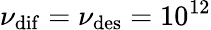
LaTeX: \nu_{\mathrm{dif}}=\nu_{\mathrm{des}}=10^{12}